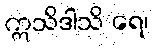
ဣသိဒါသိ ရေ၊